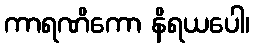
ကာရဏိကော နိရယပေါ၊